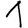
Digit: 1